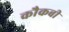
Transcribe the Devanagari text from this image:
कौकबी